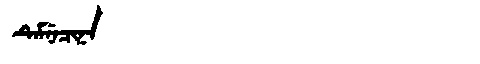
Manchu: ᡨᡝᠮᠨᡝᠴᡳᠨᠠ
Romanization: TEMNECINA